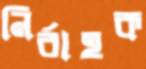
নির্বাহক